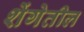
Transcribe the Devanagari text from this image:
शेंगेतील